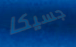
جسيكا